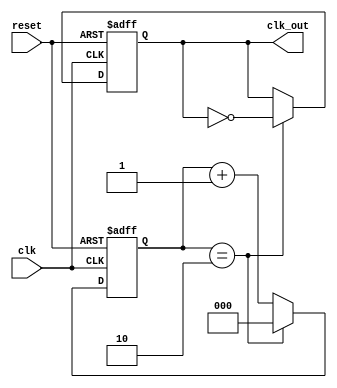
module clock_divider(clk,reset,clk_out);
	input clk, reset;
	output clk_out;
	
	parameter COUNT_REG_SIZE=3;
	parameter DIV_RATIO=3;
		
	reg [COUNT_REG_SIZE-1:0] count;
	reg clk_out;
	
	always@(posedge clk, posedge reset)
		begin
			if(reset)
				begin
					count <= 0;
					clk_out <=0;
				end
			else 
				begin
					if(count==DIV_RATIO-1) 
						begin
							count  <= 0;
							clk_out <= ~clk_out;
						end
					else count  <= count+1;
				end
		end
	
endmodule